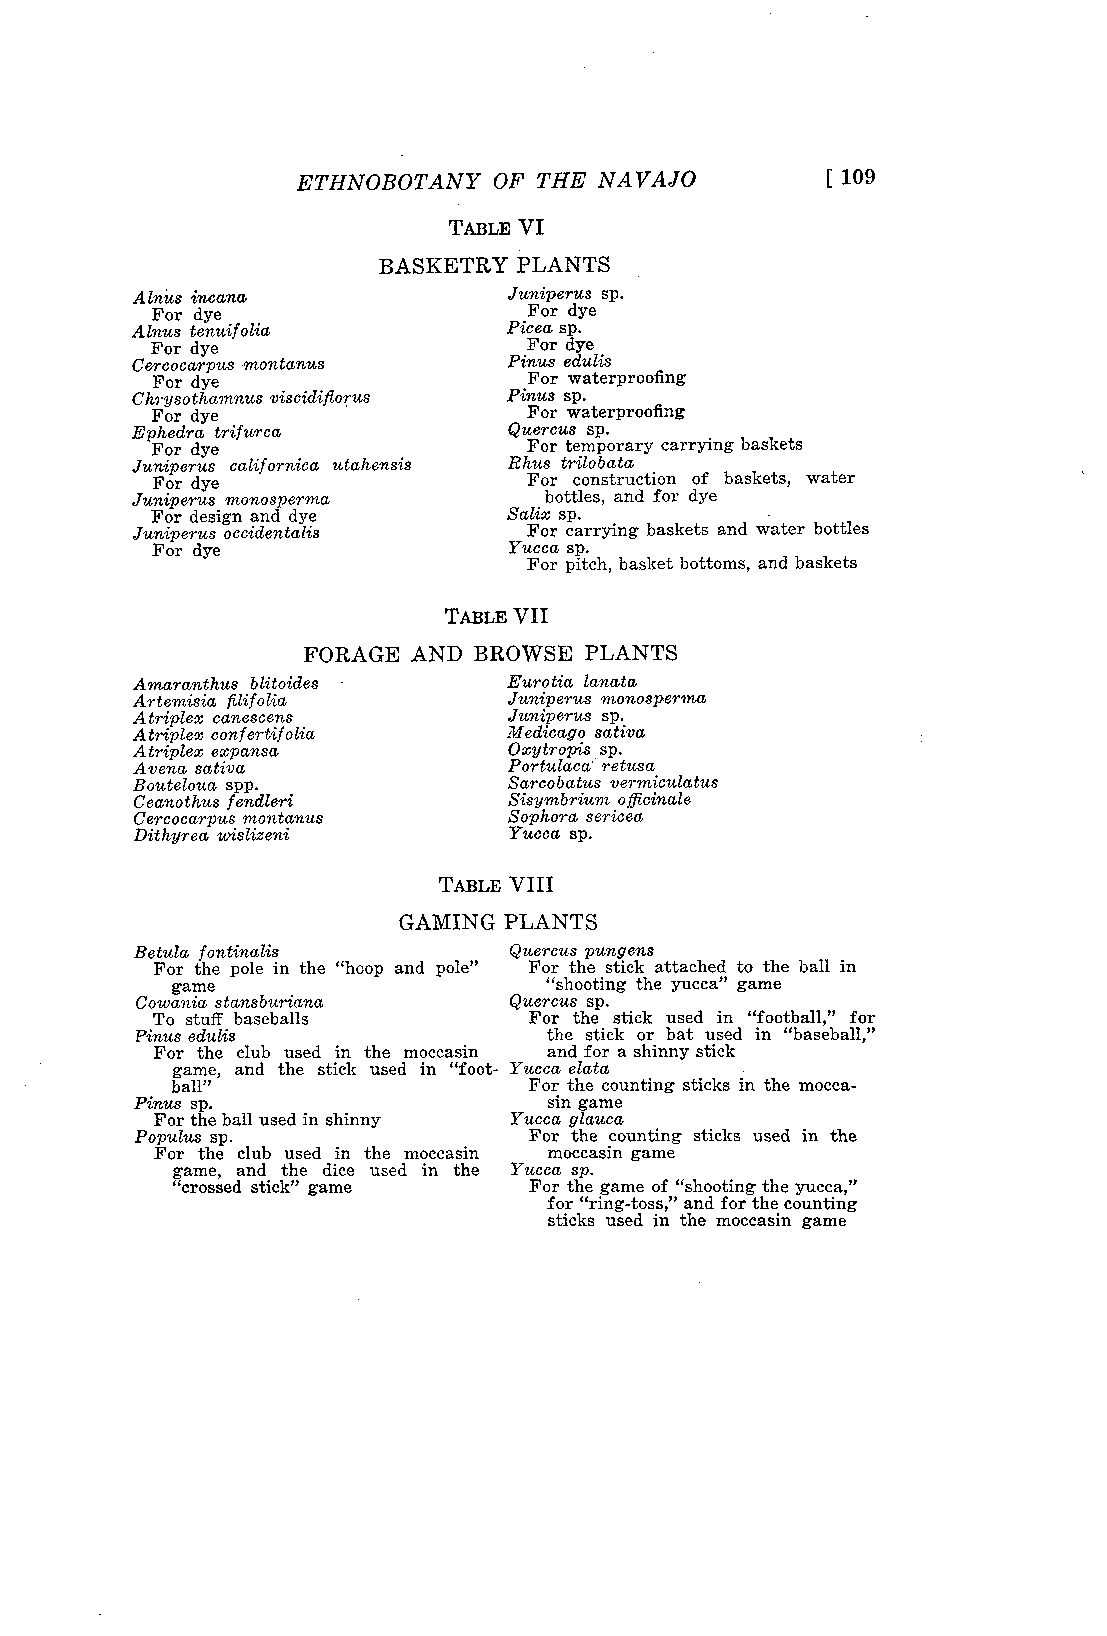
ETHNOBOTANY  OF THE NAVAJO          109
 [
 TABLE VI
 BASKETRY PLANTS
 A mus incana             Juniperus sp.
 For dye                  For dye
 Alnus tenuif olia        Picea sp.
 For dye                  For dye
 Cemcocarpus montanus     Pinus edulis
 For dye                  For waterproofing
 Chrysothamnus viscidifiorus Pinus sp.
 For dye                  For waterproofing
 Ephedra trifurca         Quercus sp.
 For dye                  For temporary carrying baskets
 Juniperus calif ornica utahensis Rhus trilobata
 For dye                  For construction of baskets, water
 Juniperus monosperma       bottles, and for dye
 For design and dye      Salix sp.
 Juniperus occidentalis    For carrying baskets and water bottles
 For dye                 Yucca sp.
 For pitch, basket bottoms, and baskets
 TABLE VII
 FORAGE AND BROWSE  PLANTS
 Amaranthus blitoides     Eurotia lanata
 Artemisia filifolia      Juniperus monosperma
 Atriplex canescens       Juniperus sp.
 Atriplex conf ertif olia Medicago sativa
 Atriplex expansa         Oxytro pis sp.
 Avena sativa             Portulaca ret usa
 Boute loua spp.          Sarcobatus vermiculatus
 Ceano thus fendleri      Sisymbrium officinale
 Cercocarpus mont anus    Sophora sericea
 Dithyrea wislizeni       Yucca sp.
 TABLE VIII
 GAMING PLANTS
 B etula f ontinalis      Quercus pun gens
 For the pole in the "hoop and pole" For the stick attached to the ball in
 game                     "shooting the yucca" game
 Cowania stansburiana     Quercus sp.
 To stuff baseballs       For the stick used in "football," for
 Pinus edulis               the stick or bat used in "baseball,"
 For the club used in the moccasin and for a shinny stick
 game, and the stick used in "foot- Yucca elata
 ball"                   For the counting sticks in the mocca-
 Pinus sp.                  sin game
 For the ball used in shinny Yucca glauca
 Populus sp.               For the counting sticks used in the
 For the club used in the moccasin moccasin game
 game, and the dice used in the Yucca sp.
 "crossed stick" game    For the game of "shooting the yucca,"
 for "ring-toss," and for the counting
 sticks used in the moccasin game